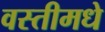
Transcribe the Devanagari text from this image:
वस्तीमधे